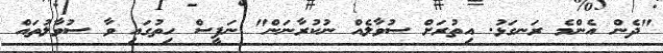
"ދެން އެންމެ ރަނގަޅު. އިތުރަށް ސުވާލެއް ނުކުރާނަން" ނަފީސް ހިތުގައި ވާ ސުވާލުތައް